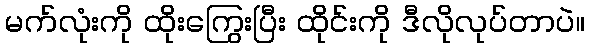
မက်လုံးကို ထိုးကြွေးပြီး ထိုင်းကို ဒီလိုလုပ်တာပဲ။